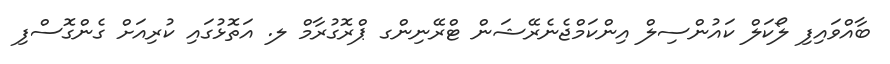
ބާއްވައިފި ލޯކަލް ކައުންސިލް އިންކަމްޖެނެރޭޝަން ޓްރޭނިންގ ޕްރޮގުރާމް ލ. އަތޮޅުގައި ކުރިއަށް ގެންގޮސްފި